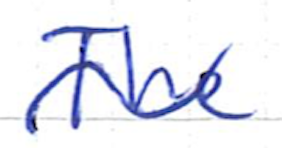
Text: The
Cross-out: wave
Writing tool: ballpoint